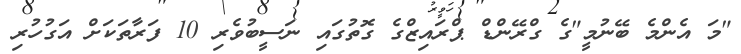
"މަ އެންމެ ބޭނުމީ"ގެ ގްރޭންޑް ޕްރައިޒްގެ ގޮތުގައި ނަސީބުވެރި 10 ފަރާތަކަށް އަގުހުރި